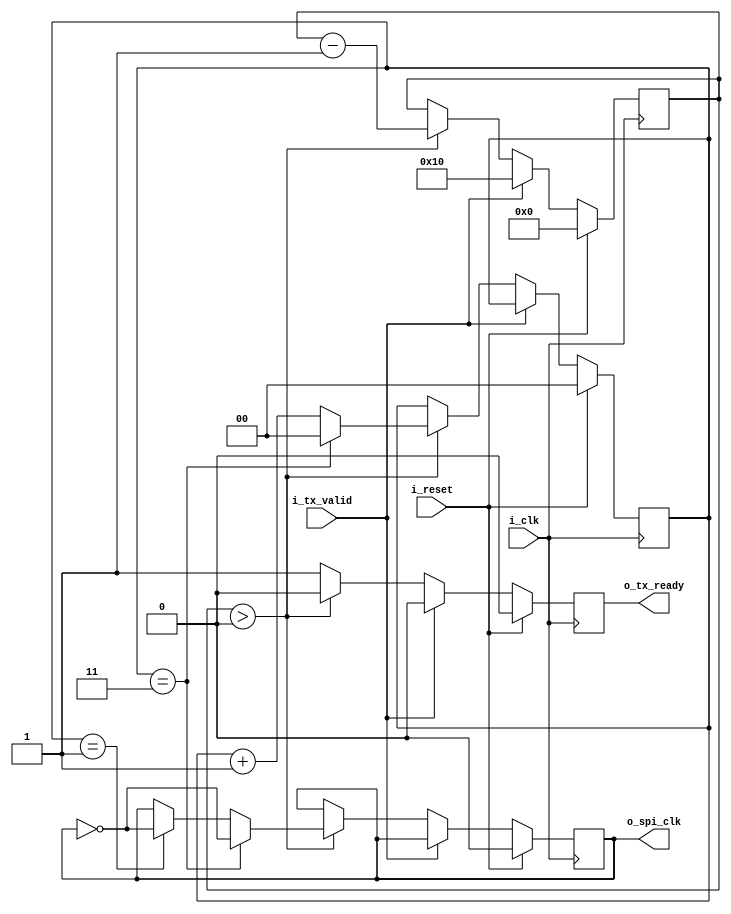
module spiClk(i_clk, i_reset, i_tx_valid, o_tx_ready, o_spi_clk);

parameter SPI_MODE = 0;
parameter CLKS_PER_HALF_BIT = 2;
parameter DATAWIDTH = 8;

input wire i_clk;
input wire i_reset;
input wire i_tx_valid;

output reg o_spi_clk;
output reg o_tx_ready;

wire w_CPOL;
wire w_CPHA;

// assuming SPI mode = 0
assign w_CPOL = 0;
assign w_CPHA = 0;

reg [$clog2(CLKS_PER_HALF_BIT*2)-1:0] r_spi_clk_count;
reg r_spi_clk;
reg [4:0] r_spi_clk_edges;
reg r_leading_edge;
reg r_trailing_edge;

assign o_spi_clk = r_spi_clk;

always @(posedge i_clk)begin
    if(i_reset) begin
        o_tx_ready <= 1'b0;
        r_spi_clk_edges <= 5'b0;
        r_leading_edge <= 1'b0;
        r_trailing_edge <= 1'b0;
        r_spi_clk <= w_CPOL;
        r_spi_clk_count <= 0;

    end
    else begin

        r_leading_edge <= 1'b0;
        r_trailing_edge <= 1'b0;

        if (i_tx_valid) begin
            o_tx_ready <= 1'b0;
            r_spi_clk_edges <= 16; // total edges are always 16
        end

        else if (r_spi_clk_edges > 0) begin
            o_tx_ready <= 1'b0;
            r_spi_clk_edges <= r_spi_clk_edges - 1;
            if(r_spi_clk_count == CLKS_PER_HALF_BIT*2-1) begin 
                r_trailing_edge <= 1;
                r_spi_clk_count <= 0;
                r_spi_clk <= ~r_spi_clk;
            end
            else if(r_spi_clk_count == CLKS_PER_HALF_BIT-1) begin
                r_leading_edge <= 1'b1;
                r_spi_clk_count <= r_spi_clk_count + 1;
                r_spi_clk <= ~r_spi_clk;
            end
            else begin
                r_spi_clk_count <= r_spi_clk_count + 1;
        end
        end
        else begin
            o_tx_ready <= 1;
        end
    end
end
endmodule
module tb_clk();

reg i_clk;
reg i_reset;
reg i_tx_valid;

wire o_spi_clk;
wire o_tx_ready;
integer i;

//module instantiation
spiClk SCK(i_clk, i_reset,i_tx_valid,o_tx_ready, o_spi_clk);

initial begin
    i_clk = 0;
    forever i_clk = #5 ~i_clk;
end

initial begin
    #0 i_reset = 1; i_tx_valid = 0;
    #10 i_reset  = 0; i_tx_valid = 1;
    #10 i_tx_valid = 0;
    for(i=0;i<17; i=i+1) begin
        @(posedge i_clk);
    end
    #10 i_tx_valid=1;
    #10 i_tx_valid=0;
    for(i=0;i<17; i=i+1) begin
    @(posedge i_clk);
end
    $finish;
end
endmodule